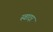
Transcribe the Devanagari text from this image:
स्वादर